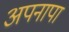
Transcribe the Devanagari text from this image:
अपनापा